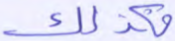
فكذلك